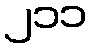
၂၁၁